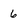
Character: 6